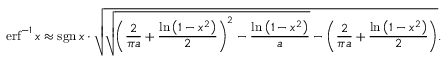
\operatorname { e r f } ^ { - 1 } x \approx \operatorname { s g n } x \cdot { \sqrt { { \sqrt { \left( { \frac { 2 } { \pi a } } + { \frac { \ln \left( 1 - x ^ { 2 } \right) } { 2 } } \right) ^ { 2 } - { \frac { \ln \left( 1 - x ^ { 2 } \right) } { a } } } } - \left( { \frac { 2 } { \pi a } } + { \frac { \ln \left( 1 - x ^ { 2 } \right) } { 2 } } \right) } } .